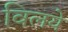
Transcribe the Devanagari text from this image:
विलये